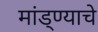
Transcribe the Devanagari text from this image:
मांड्ण्याचे